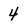
Character: 4